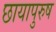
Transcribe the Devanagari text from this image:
छायापुरुष